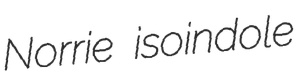
Norrie isoindole